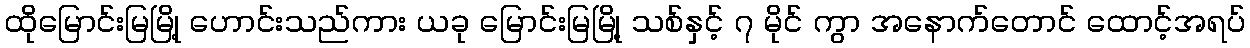
ထိုမြောင်းမြမြို့ ဟောင်းသည်ကား ယခု မြောင်းမြမြို့ သစ်နှင့် ၇ မိုင် ကွာ အနောက်တောင် ထောင့်အရပ်